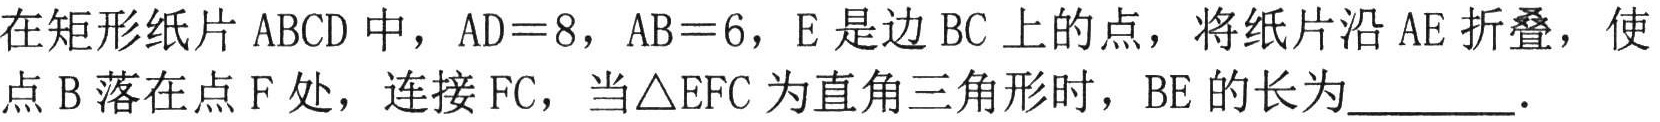
在矩形纸片ABCD中，AD = 8，AB = 6，E是边BC上的点，将纸片沿AE折叠，使点B落在点F处，连接FC，当$\triangle$EFC为直角三角形时，BE的长为________．